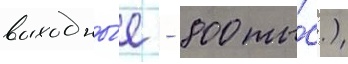
выходны́е - 800 ты́с.)